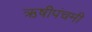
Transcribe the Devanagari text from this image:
ऋषीपंचमी